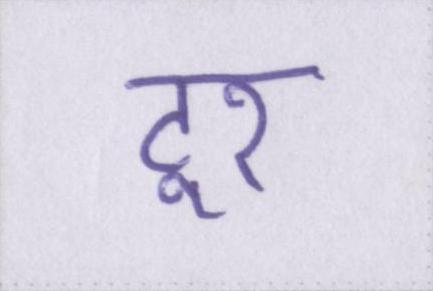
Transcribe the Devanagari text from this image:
टूर